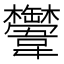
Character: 𩏴